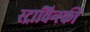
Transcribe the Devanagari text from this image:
स्ट्राविन्स्की